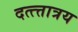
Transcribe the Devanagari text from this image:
दत्त्त्तात्रय